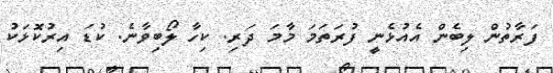
ފަރާތުން ލިބެން އެއުޅެނީ ފުރަތަމަ މާމަ ދަރި. ކިހާ ލޯބިވާނެ. ކުޑަ އިރުކޮޅަކު